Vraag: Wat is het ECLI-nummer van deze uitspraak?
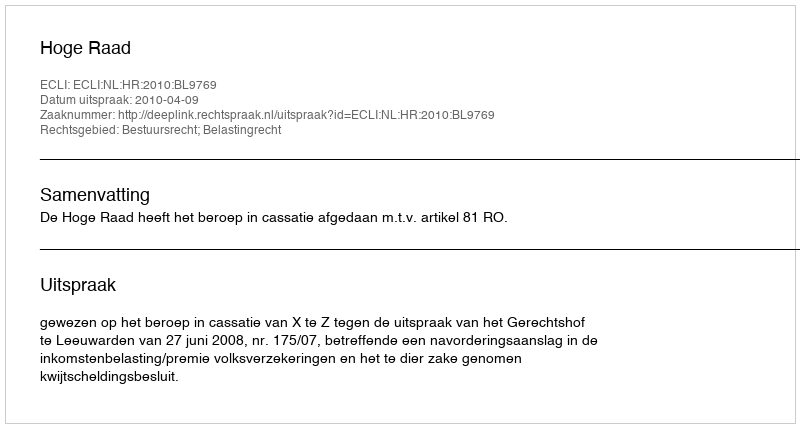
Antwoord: ECLI:NL:HR:2010:BL9769